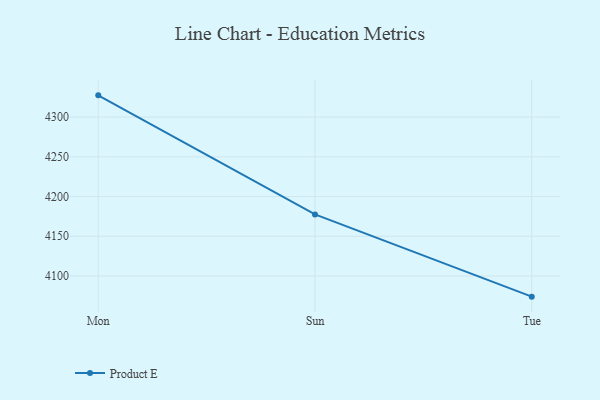
{"axis": {"x": "Day", "y": "LTV (USD)"}, "legend": ["Product E"], "data": [{"x": "Mon", "y": 4327.4, "type": "Product E"}, {"x": "Sun", "y": 4177.5, "type": "Product E"}, {"x": "Tue", "y": 4074.0, "type": "Product E"}]}